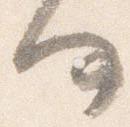
何